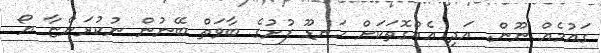
ގައުމެއް ނޫން. އަދި އެއްގޮތަކަށް ހަނޑޫ ފުށުގެ ބާވަތް ބޭނުން ނުކުރަންޏާ ޔޯ